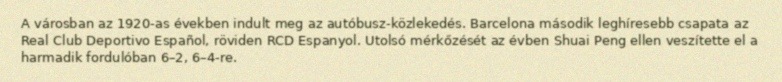
A városban az 1920-as években indult meg az autóbusz-közlekedés. Barcelona második leghíresebb csapata az Real Club Deportivo Español, röviden RCD Espanyol. Utolsó mérkőzését az évben Shuai Peng ellen veszítette el a harmadik fordulóban 6–2, 6–4-re.